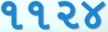
૧૧૨૪